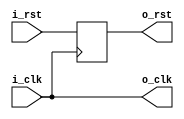
module subservient_fpga_clock_gen
  (input wire  i_clk,
   input wire  i_rst,
   output wire o_clk,
   output reg  o_rst);

   assign o_clk = i_clk;
   always @(posedge i_clk) o_rst <= i_rst;

endmodule